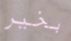
بخير